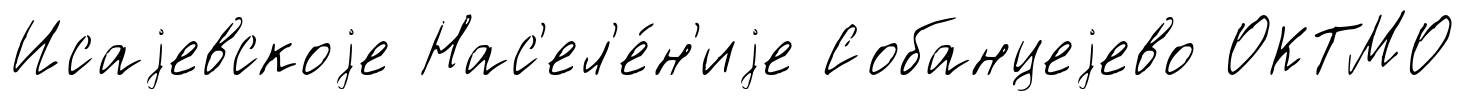
Исаjевскоjе Нас'ел'е́н'иjе Собанцеjево ОКТМО